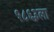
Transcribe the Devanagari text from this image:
१८६३ला